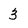
Character: 3